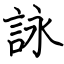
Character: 詠